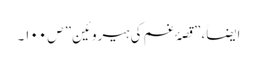
ایضاََ،”قصۂ غم کی ہیروئین” ص ۱۰۰۔